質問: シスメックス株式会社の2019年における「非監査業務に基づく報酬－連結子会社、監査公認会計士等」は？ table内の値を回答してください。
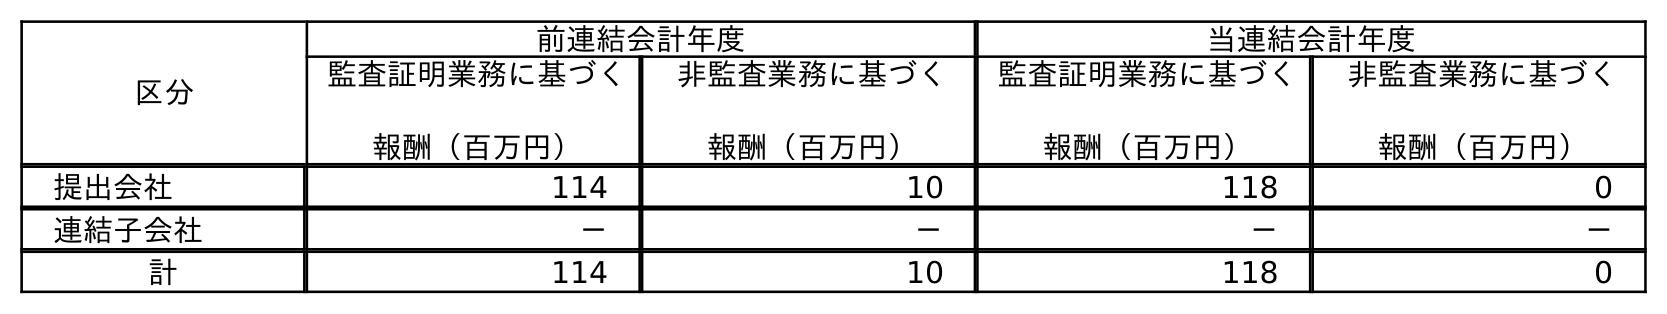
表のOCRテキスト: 区分 前連結会計年度 当連結会計年度 監査証明業務に基づく 報酬（百万円） 非監査業務に基づく 報酬（百万円） 監査証明業務に基づく 報酬（百万円） 非監査業務に基づく 報酬（百万円） 提出会社 114 10 118 0 連結子会社 － － － － 計 114 10 118 0
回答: －